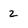
Character: 2